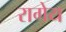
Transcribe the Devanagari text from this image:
रागेय